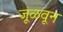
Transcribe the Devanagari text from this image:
जूळवून